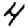
Digit: 4